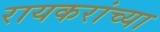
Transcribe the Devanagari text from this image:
रायकरांच्या